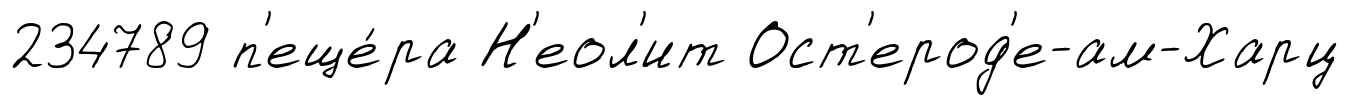
234789 п'еще́ра Н'еол'ит Ост'ерод'е-ам-Харц